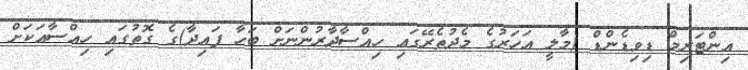
އިންޓަރިމް ޑިވިޑެންޑް (މާލީ އަހަރުގެ މެދުތެރޭގައި ހިއްސާދާރުންނަށް ބަހާ ފައިދާ)ގެ ގޮތުގައި ހިއްސާއަކަށް